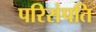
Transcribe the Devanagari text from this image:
परिसंपति